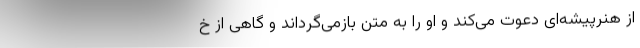
از هنرپیشه‌ای دعوت می‌کند و او را به متن بازمی‌گرداند و گاهی از خ